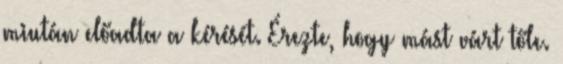
miután előadta a kérését. Érezte, hogy mást várt tőle.